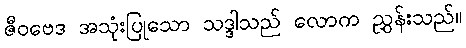
ဇီဝဗေဒ အသုံးပြုသော သဒ္ဒါသည် လောက ညွှန်းသည်။